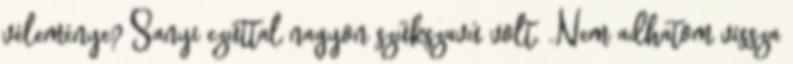
véleménye? Sanyi ezúttal nagyon szűkszavú volt. „Nem adha­tom vissza